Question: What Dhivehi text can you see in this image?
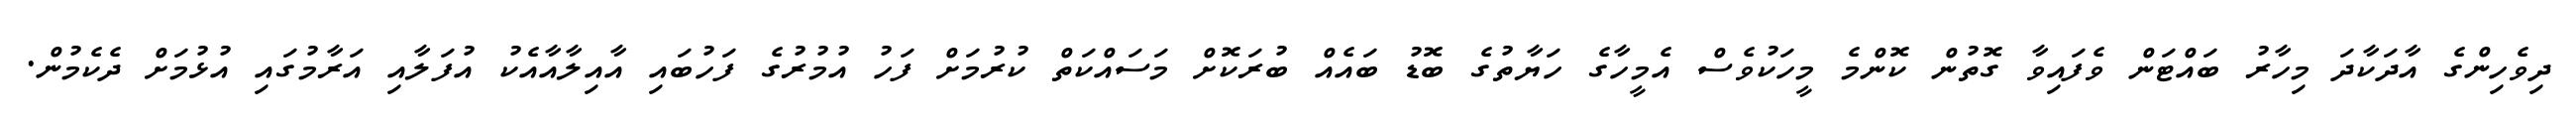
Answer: ދިވެހިންގެ އާދަކާދަ މިހާރު ބައްޓަން ވެފައިވާ ގޮތުން ކޮންމެ މީހަކުވެސް އެމީހާގެ ހަޔާތުގެ ބޮޑު ބައެއް ބުރަކޮށް މަސައްކަތް ކުރުމަށް ފަހު އުމުރުގެ ފަހުބައި އާއިލާއާއެކު އުފަލާއި އަރާމުގައި އުޅުމަށް ދެކެމުން.